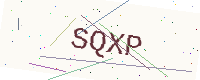
Text: SQXP